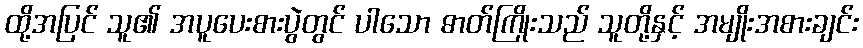
ထို့အပြင် သူ၏ အပူပေးစားပွဲတွင် ပါသော ဓာတ်ကြိုးသည် သူတို့နှင့် အမျိုးအစားချင်း